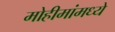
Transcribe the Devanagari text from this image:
मोहीमांमध्ये